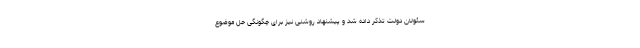
سئولان دولت تذکر داده شد و پیشنهاد روشنی نیز برای چگونگی حل موضوع